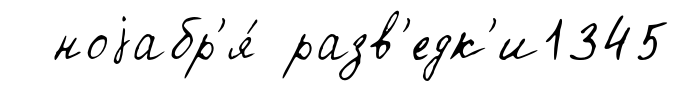
ноjабр'я́ разв'едк'и1345